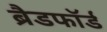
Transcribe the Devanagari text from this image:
ब्रैडफाॅर्ड